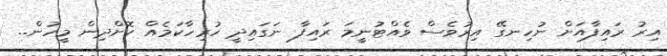
އިރު ރައިފާއަށް ނުހިނގޭ އިރުވެސް ވެއްޓުނީމަ ރައިފާ ނަގައިދީ ހުރިހާކަމެއް ކޮށްދިން މީހުން..